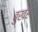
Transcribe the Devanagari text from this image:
बुखर